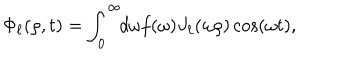
\Phi _ { \ell } ( \rho , t ) = \int _ { 0 } ^ { \infty } \! \! d \omega f ( \omega ) J _ { \ell } ( \omega \rho ) \cos ( \omega t ) ,